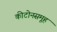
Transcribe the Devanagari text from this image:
कीटोनसमूह